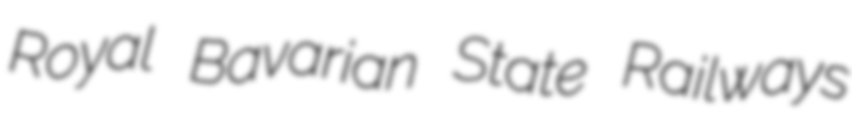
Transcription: Royal Bavarian State Railways